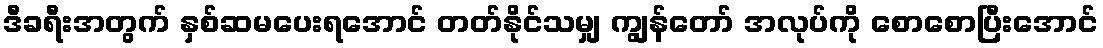
ဒီခရီးအတွက် နှစ်ဆမပေးရအောင် တတ်နိုင်သမျှ ကျွန်တော် အလုပ်ကို စောစောပြီးအောင်